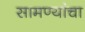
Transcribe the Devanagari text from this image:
सामण्यांचा